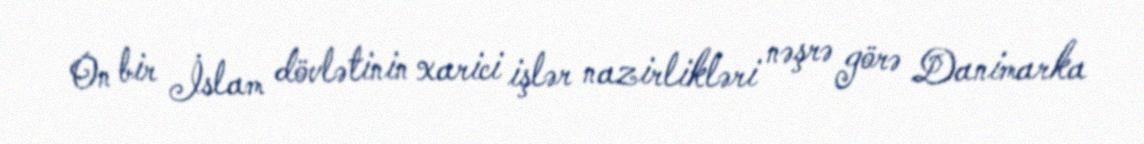
On bir İslam dövlətinin xarici işlər nazirlikləri nəşrə görə Danimarka